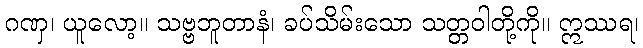
ဂဏှ၊ ယူလော့။ သဗ္ဗဘူတာနံ၊ ခပ်သိမ်းသော သတ္တဝါတို့ကို။ ဣဿရ၊